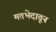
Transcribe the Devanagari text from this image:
मतभेदातून